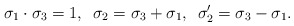
\begin{align*}\sigma _1 \cdot\sigma _3 =1,\enspace\sigma _2 =\sigma _3+\sigma _1,\enspace\sigma _2'=\sigma _3 - \sigma _1.\end{align*}